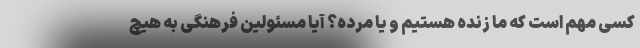
کسی مهم است که ما زنده هستیم و یا مرده؟ آیا مسئولین فرهنگی به هیچ